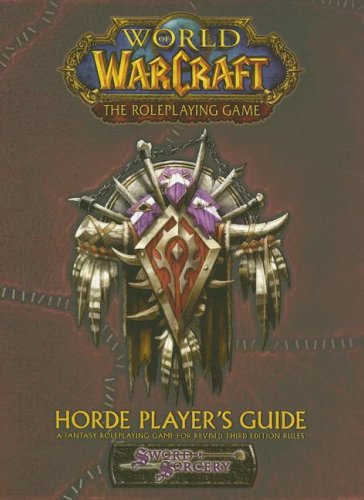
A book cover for WoW Horde Players Guide (World of Warcraft); Scott Bennie; Science Fiction & Fantasy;